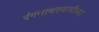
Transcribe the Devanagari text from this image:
रंगनाथस्वामीच्या